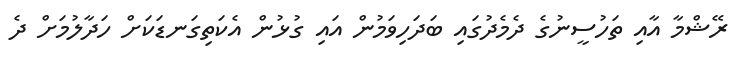
ރޭޝްމާ އާއި ތަހުސީނުގެ ދެމެދުގައި ބަދަހިވަމުން އައި ގުޅުން އެކަތިގަނޑަކަށް ހަދާލުމަށް ދެ